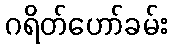
ဂရိတ်ဟော်ခမ်း